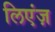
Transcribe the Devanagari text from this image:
लिएंज़